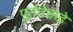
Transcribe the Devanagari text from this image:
पूर्ततेकडे